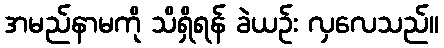
အမည်နာမကို သိရှိရန် ခဲယဉ်း လှလေသည်။